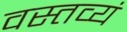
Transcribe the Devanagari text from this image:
वस्तव्यं